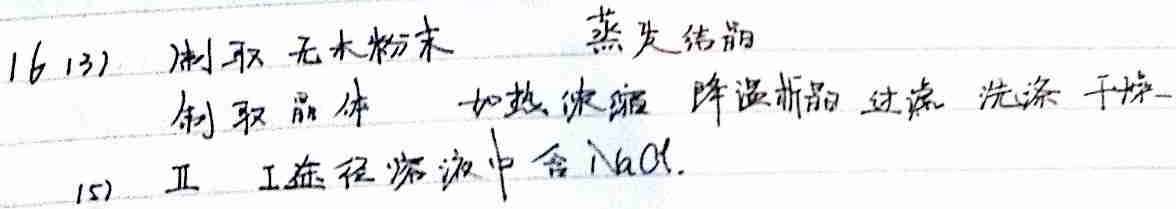
16(3) 制取无水粉末：蒸发结晶制取晶体，先加热浓缩，再降温析晶，然后过滤、洗涤、干燥。
(5) Ⅱ 工艺流程溶液中含 NaCl。